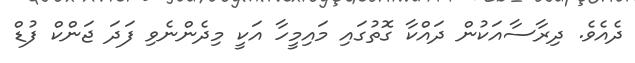
ދެއެވެ. ދިރާސާއަކުން ދައްކާ ގޮތުގައި މައިމީހާ އަކީ މިދެންނެވި ފަދަ ޖަންކް ފުޑް